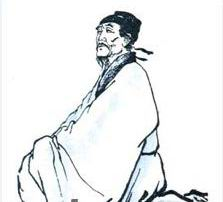
重阳独酌杯中酒，抱病起登江上台。